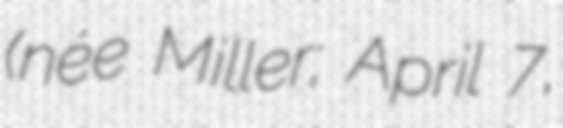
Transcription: (née Miller; April 7,